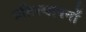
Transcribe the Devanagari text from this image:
प्रतिस्थापनों